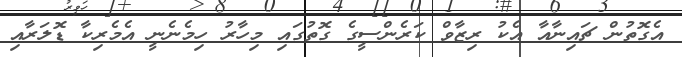
އެގޮތުން ޗައިނާއާ އެކު ރިޒާވް ކަރެންސީގެ ގޮތުގައި މިހާރު ހިމެނެނީ އެމެރިކާ ޑޮލަރާއި